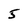
Character: 5